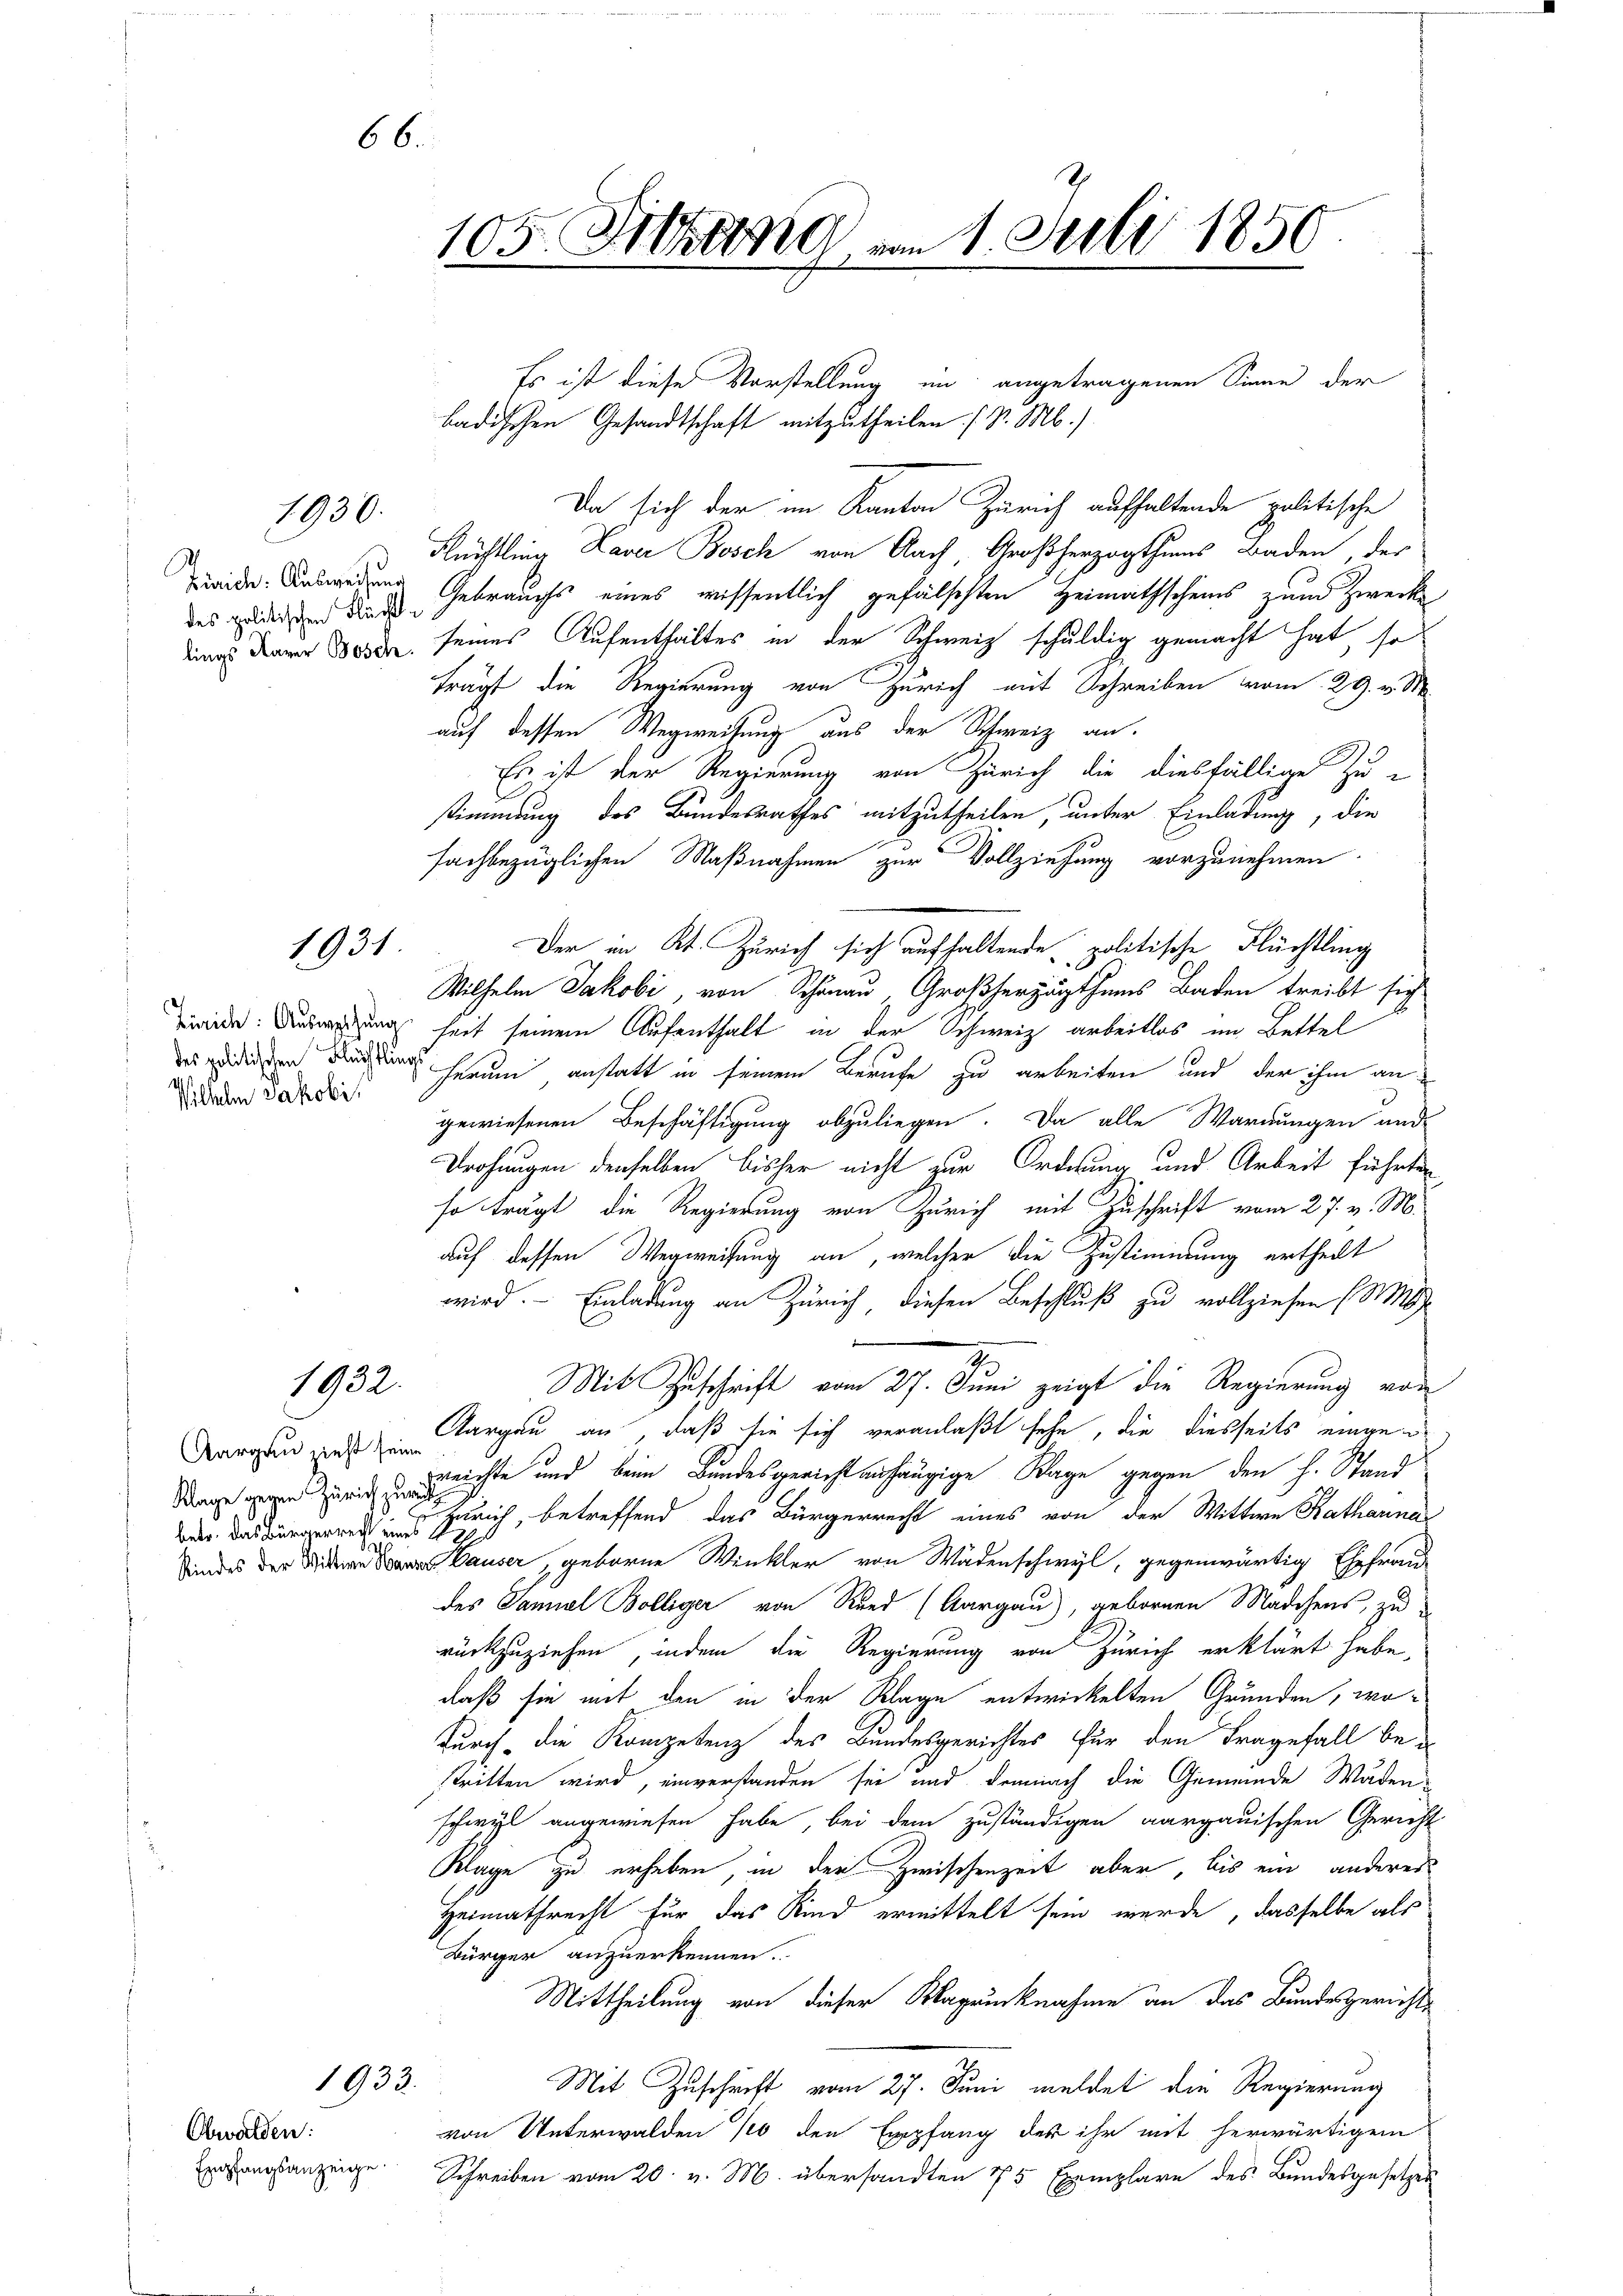
66

des politischen Flüchte

1930.

1931

Wilhelen Jakobis

1932.

Klage gegen Zürich zurück

Obwalden:

badischen Gesandtschaft mitzutheilen (S. M.)
Da sich der im Kanton Zürich aufhaltende politische
Rüchtling Laver Bosch von Nach Großherzogthums Baden, der
Beide Auswedung Gebrauchs eines wissentlich gefälschten Heimathscheins zum Zwecke
eine Dauer Bord seines Aufenthaltes in der Schweiz schuldig gemacht hat, so
trägt die Regierung von Zürich mit Schreiben vom 29. v. M.
auf dessen Wegweisung aus der Schweiz an.
Es ist der Regierung von Zürich die diesfällige Zu-
stimmung des Bundesrathes mitzutheilen, unter Einladung, die
fachbezüglichen Maßnahmen zur Vollziehung vorzunehmen.
Der im Kt. Zürich sich aufhaltende politische Flüchtling
Wilhelm Jakobi, von Schönau, Großherzugthums Baden treibt sich
Zweide. Ausweisung heit seinem Aufenthalt in der Schweiz arbeitlos im Bettel
des gedingen Ding herum anstatt in seinem Berufe zu arbeiten und der ihm an
gewiesenen Beschäftigung abzuliegen. Da alle Warnungen and
Drohungen denselben bisher nicht zur Ordnung und Arbeit führten
so trägt die Regierung von Zürich mit Zuschrift vom 27. v. M.
auf dessen Wegweisung an, welcher die Zustimmung ertheilt
wird. — Einladung an Zürich diesen Beschluß zu vollziehen (S.
1
Mit Zuschrift vom 27. Juni zeigt die Regierung von
Dargen ins Aargau an, daß sie sich veranlaßt sehe, die diesseits eingen
Reichte und beim Bundesgericht anhängige Klage gegen den h. Stand
 Zürich, betreffend das Bürgerrecht eines von der Wittwe Katharina
Sind der auser, geborne Winkler von Wädenschwyl, gegenwärtig Ehefrau
des Saniel Bolliger von Rund (Aargau), gebornen Mädchens, zu
rückzuziehen, indem die Regierung von Zürich erklärt habe,
daß sie mit den in der Klage entwickelten Grunden, wodurch die Kompetenz des Bundesgerichtes für den Fragefall bestritten wird, einverstanden sei und demnach die Gemeinde Wäden
schwyl angewiesen habe, bei dem zuständigen aargauischen Gericht
Klage zu erheben, in der Zwischenzeit aber, bis ein anderes
Heimathrecht für das Kind ermittelt sein werde, dasselbe als
Bürger anzuerkennen.
Mittheilung von dieser Klagrücknahme an das Bundesgerichts
Mit Zuschrift vom 27. Juni meldet die Regierung
von Unterwalden 10 den Empfang des ihr mit herwärtigem
Exasangsanzeige Schreiben vom 20. v. M. übersandten 75 Exemplare des Bundesgesetzes

1933.

s
105. Strang vom 1. Juli 1850

Es ist diese Vorstellung in angetragenen Sinne der